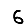
Digit: 6